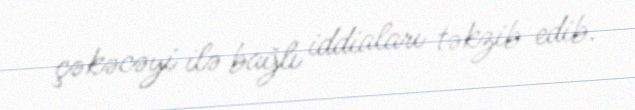
çəkəcəyi ilə bağlı iddiaları təkzib edib.